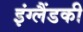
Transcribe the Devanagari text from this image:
इंग्लैंडकी